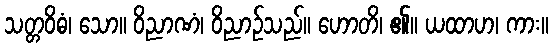
သတ္တဝိဓံ၊ သော။ ဝိညာဏံ၊ ဝိညာဉ်သည်။ ဟောတိ၊ ၏။ ယထာဟ၊ ကား။